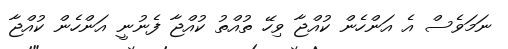
ނަމަވެސް އެ އަންހެން ކުއްޖާ ވިހޭ ތުއްތު ކުއްޖާ ފެނުނީ އަންހެން ކުއްޖާ